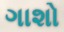
ગાશો